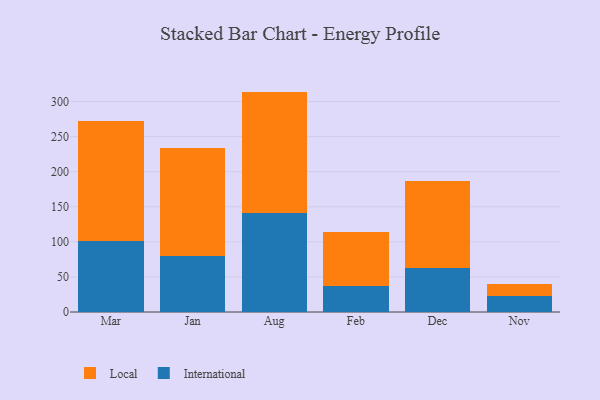
{"axis": {"x": "Month", "y": "Latency (ms)"}, "legend": ["International", "Local"], "data": [{"x": "Mar", "y": 100.8, "type": "International"}, {"x": "Mar", "y": 170.9, "type": "Local"}, {"x": "Jan", "y": 79.7, "type": "International"}, {"x": "Jan", "y": 153.5, "type": "Local"}, {"x": "Aug", "y": 141.1, "type": "International"}, {"x": "Aug", "y": 173.0, "type": "Local"}, {"x": "Feb", "y": 37.1, "type": "International"}, {"x": "Feb", "y": 76.3, "type": "Local"}, {"x": "Dec", "y": 62.7, "type": "International"}, {"x": "Dec", "y": 124.1, "type": "Local"}, {"x": "Nov", "y": 23.2, "type": "International"}, {"x": "Nov", "y": 16.5, "type": "Local"}]}